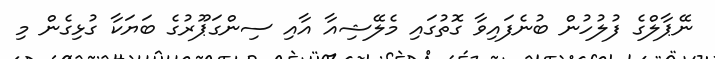
ނޭޕާލްގެ ފުލުހުން ބުނެފައިވާ ގޮތުގައި މެލޭޝިއާ އާއި ސިންގަޕޫރުގެ ބަޔަކާ ގުޅިގެން މި